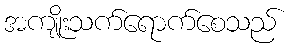
အကျိုးသက်ရောက်စေသည်